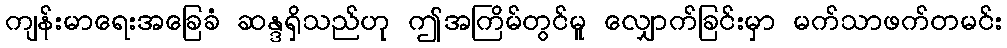
ကျန်းမာရေးအခြေခံ ဆန္ဒရှိသည်ဟု ဤအကြိမ်တွင်မူ လျှောက်ခြင်းမှာ မက်သာဖက်တမင်း